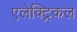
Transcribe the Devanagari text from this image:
एलेक्ट्रिकल